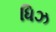
ધિઝ